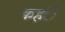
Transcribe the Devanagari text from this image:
कहंे